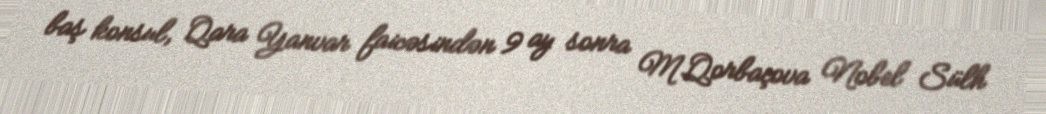
baş konsul, Qara Yanvar faicəsindən 9 ay sonra M.Qorbaçova Nobel Sülh